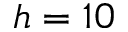
h = 1 0